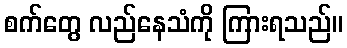
စက်တွေ လည်နေသံကို ကြားရသည်။